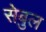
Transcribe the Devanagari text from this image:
सेबुल